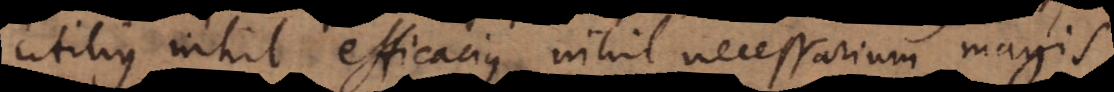
utilius, nihil efficacius, nihil necessarium magis.